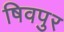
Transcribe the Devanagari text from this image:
षिवपुर